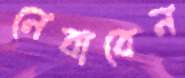
নেবাবেন